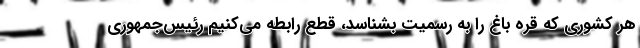
هر کشوری که قره باغ را به رسمیت بشناسد، قطع رابطه می‌کنیم رئیس‌جمهوری